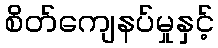
စိတ်ကျေနပ်မှုနှင့်